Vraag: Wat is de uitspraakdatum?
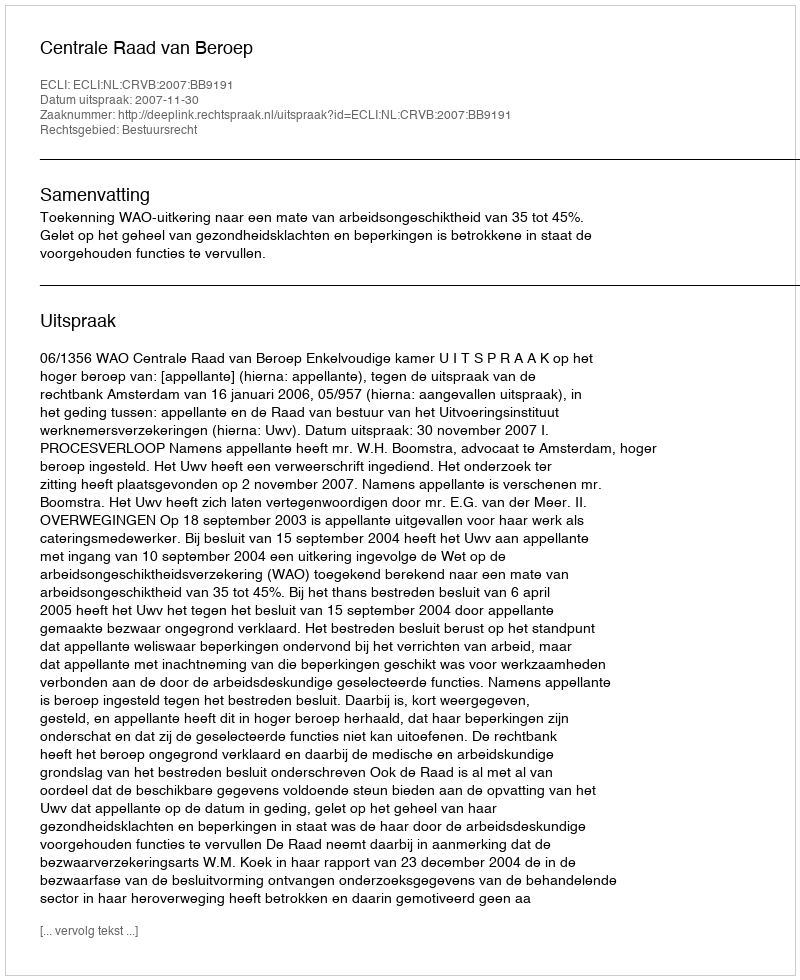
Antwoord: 2007-11-30